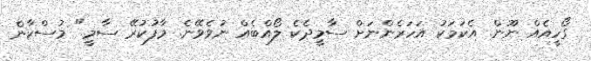
ގޯހީއެއް ނޫން. އެކަމަކު އަހަރެންނަށް ސާމީދެކެ ލޯއްބެއް ނުވެވޭނެ. މާފުކުރޭ ސާމީ." މުސްކާން